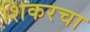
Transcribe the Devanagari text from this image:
शिकरचा